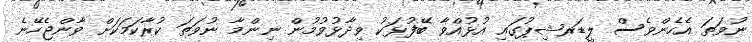
ނުވަތަ އެހެންވެސް ލީޑަރޝިޕުގައި އުޅުއްވާ ބޭފުޅަކު ވިދާޅުވުމުން ނިންމާ ނުވަތަ ކުރާކަމަކަށް ވާންޖެހޭނެ